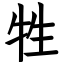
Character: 牲